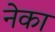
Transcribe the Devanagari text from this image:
नेका